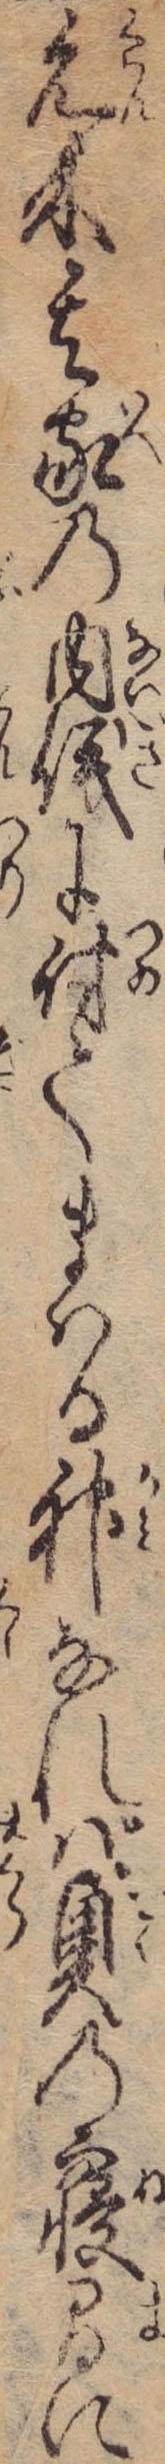
元来其家の内儀に付てまはる神なれば奥の寝間に